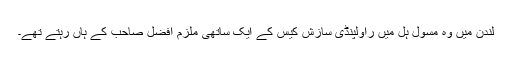
لندن میں وہ مسول ہل میں راولپنڈی سازش کیس کے ایک ساتھی ملزم افضل صاحب کے ہاں رہتے تھے۔